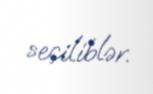
seçiliblər.